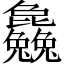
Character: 𣬚